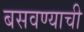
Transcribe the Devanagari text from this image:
बसवण्याची